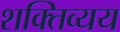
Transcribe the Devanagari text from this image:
शक्तिव्यय